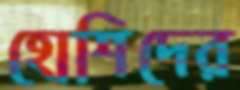
হোশিদের